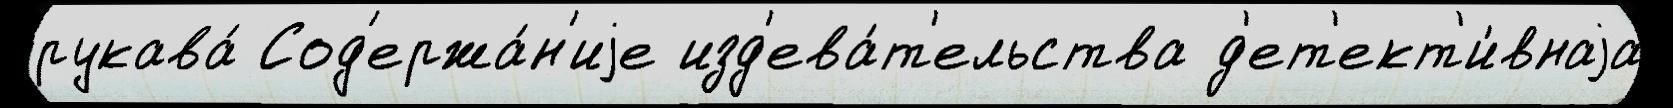
рукава́ Сод'ержа́н'иjе изд'ева́т'ельства д'ет'ект'и́внаjа